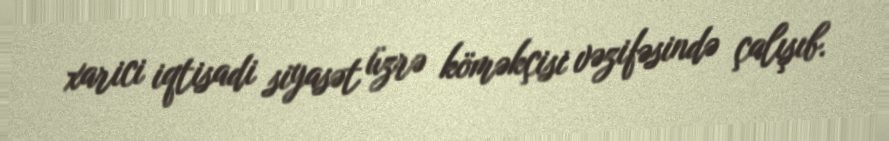
xarici iqtisadi siyasət üzrə köməkçisi vəzifəsində çalışıb.